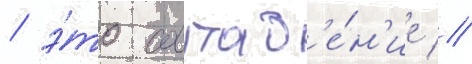
/ э́то совпад'е́н'ие //